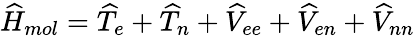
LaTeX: \widehat H_{mol}=\widehat T_{e}+\widehat T_{n}+\widehat V_{ee}+\widehat V_{en}+\widehat V_{nn}